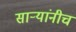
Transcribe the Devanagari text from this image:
सार्‍यांनीच